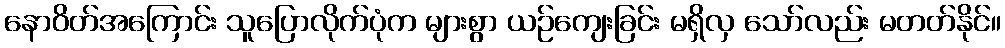
နောဝိတ်အကြောင်း သူပြောလိုက်ပုံက များစွာ ယဉ်ကျေးခြင်း မရှိလှ သော်လည်း မတတ်နိုင်။